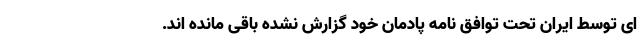
ای توسط ایران تحت توافق نامه پادمان خود گزارش نشده باقی مانده اند.